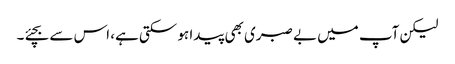
لیکن آپ میں بے صبری بھی پیدا ہو سکتی ہے، اس سے بچئے۔